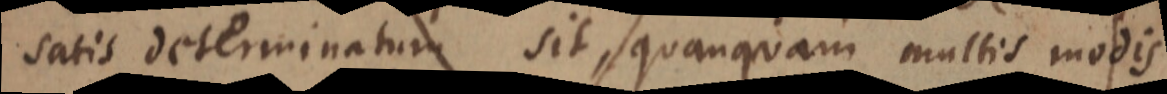
satis determinatum sit, quanquam multis modis